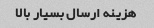
هزینه ارسال بسیار بالا